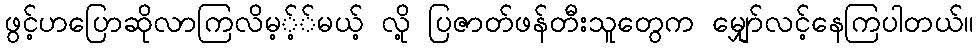
ဖွင့်ဟပြောဆိုလာကြလိမ့့််မယ့် လို့ ပြဇာတ်ဖန်တီးသူတွေက မျှော်လင့်နေကြပါတယ်။